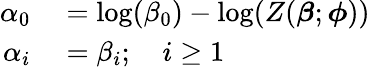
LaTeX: \begin{array}{rl}{\alpha_{0}}&{{}=\log(\beta_{0})-\log(Z(\boldsymbol{\beta};\boldsymbol{\phi}))}\\ {\alpha_{i}}&{{}=\beta_{i};\quad i\ge 1}\end{array}